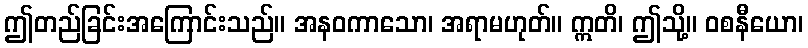
ဤတည်ခြင်းအကြောင်းသည်။ အနဝကာသော၊ အရာမဟုတ်။ ဣတိ၊ ဤသို့။ ဝစနီယော၊